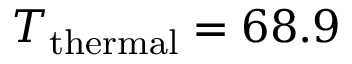
T _ { \mathrm { t h e r m a l } } = 6 8 . 9